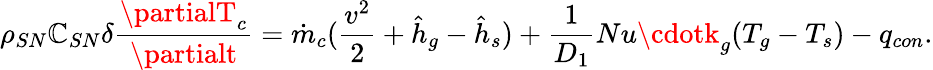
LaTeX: \rho_{SN}\mathbb{C}_{SN}\delta\frac{{\partialT_{c}}}{{\partialt}}=\dot{{m}}_{c}(\frac{{v^{2}}}{{2}}+{\hat{{h}}}_{g}-{\hat{{h}}}_{s})+\frac{{1}}{{D_{1}}}Nu\cdotk_{g}(T_{g}-T_{s})-q_{con}.